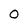
Character: 0